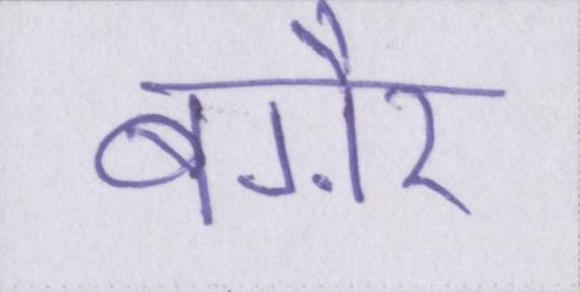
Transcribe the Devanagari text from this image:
बग़ैर